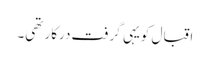
اقبال کویہی گرفت درکار تھی۔